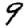
Digit: 9